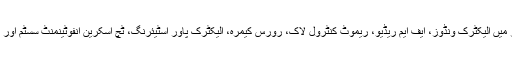
رپورٹ کے مطابق اس نئی گاڑی کے انٹرئیر میں الیکٹرک ونڈوز، ایف ایم ریڈیو، ریموٹ کنٹرول لاک، رورس کیمرہ، الیکٹرک پاور اسٹیئرنگ، ٹچ اسکرین انفوٹینمنٹ سسٹم اور یو ایس بی پورٹس وغیرہ موجود ہوسکتے ہیں۔